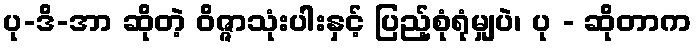
ပု-ဒိ-အာ ဆိုတဲ့ ဝိဇ္ဇာသုံးပါးနှင့် ပြည့်စုံရုံမျှပဲ၊ ပု - ဆိုတာက